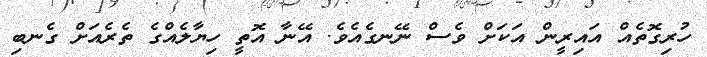
ހުރިގޮތެއް އައިރީން އަކަށް ވެސް ނޭނގެއެވެ. އޭނާ އޮތީ ހިޔާލެއްގެ ތެރެއަށް ގެނބި